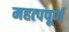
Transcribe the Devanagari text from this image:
महत्‍पपूर्ण